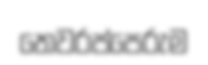
තෙවරප්පෙරුම